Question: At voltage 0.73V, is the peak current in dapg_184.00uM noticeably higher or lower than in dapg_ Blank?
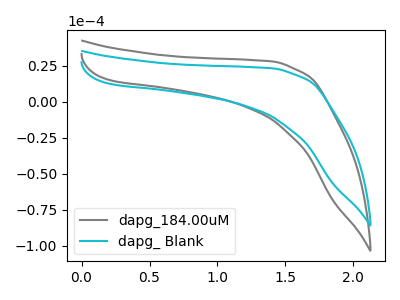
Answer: <think>The gray curve "dapg_184.00uM" has no peaks. The cyan curve "dapg_ Blank" has no peaks.</think>
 <answer>"dapg_184.00uM" and "dapg_ Blank" dont share a peak at 0.73V.</answer>
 <eval>mismatch</eval>